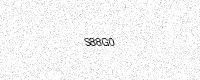
Text: S88G0